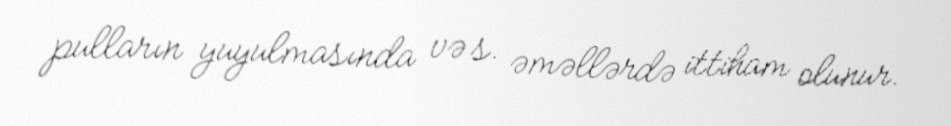
pulların yuyulmasında və s. əməllərdə ittiham olunur.